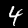
Digit: 4